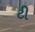
ટી